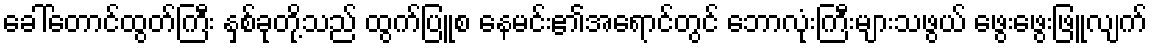
ခေါ်တောင်ထွတ်ကြီး နှစ်ခုတို့သည် ထွက်ပြူစ နေမင်း၏အရောင်တွင် ဘောလုံးကြီးများသဖွယ် ဖွေးဖွေးဖြူလျက်